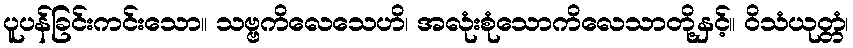
ပူပန်ခြင်းကင်းသော။ သဗ္ဗကိလေသေဟိ၊ အလုံးစုံသောကိလေသာတို့နှင့်။ ဝိသံယုတ္တံ၊